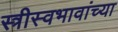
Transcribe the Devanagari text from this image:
स्त्रीस्वभावांच्या